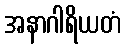
အနာဂါရိယတံ